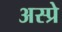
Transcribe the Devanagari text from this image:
अस्प्रे